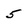
Character: 5